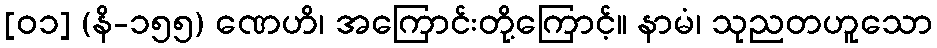
[၀၁] (နိ-၁၅၅) ဏေဟိ၊ အကြောင်းတို့ကြောင့်။ နာမံ၊ သုညတဟူသော